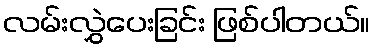
လမ်းလွှဲပေးခြင်း ဖြစ်ပါတယ်။